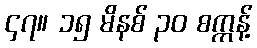
၄၇။ ၁၅ မိနစ် ၃၀ စက္ကန့်